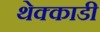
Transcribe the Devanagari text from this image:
थेक्काडी